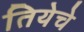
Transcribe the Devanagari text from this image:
तियेचे